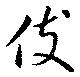
伎